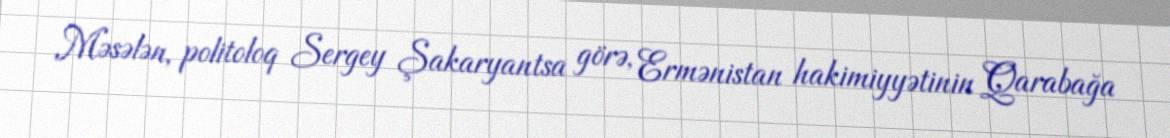
Məsələn, politoloq Sergey Şakaryantsa görə, Ermənistan hakimiyyətinin Qarabağa